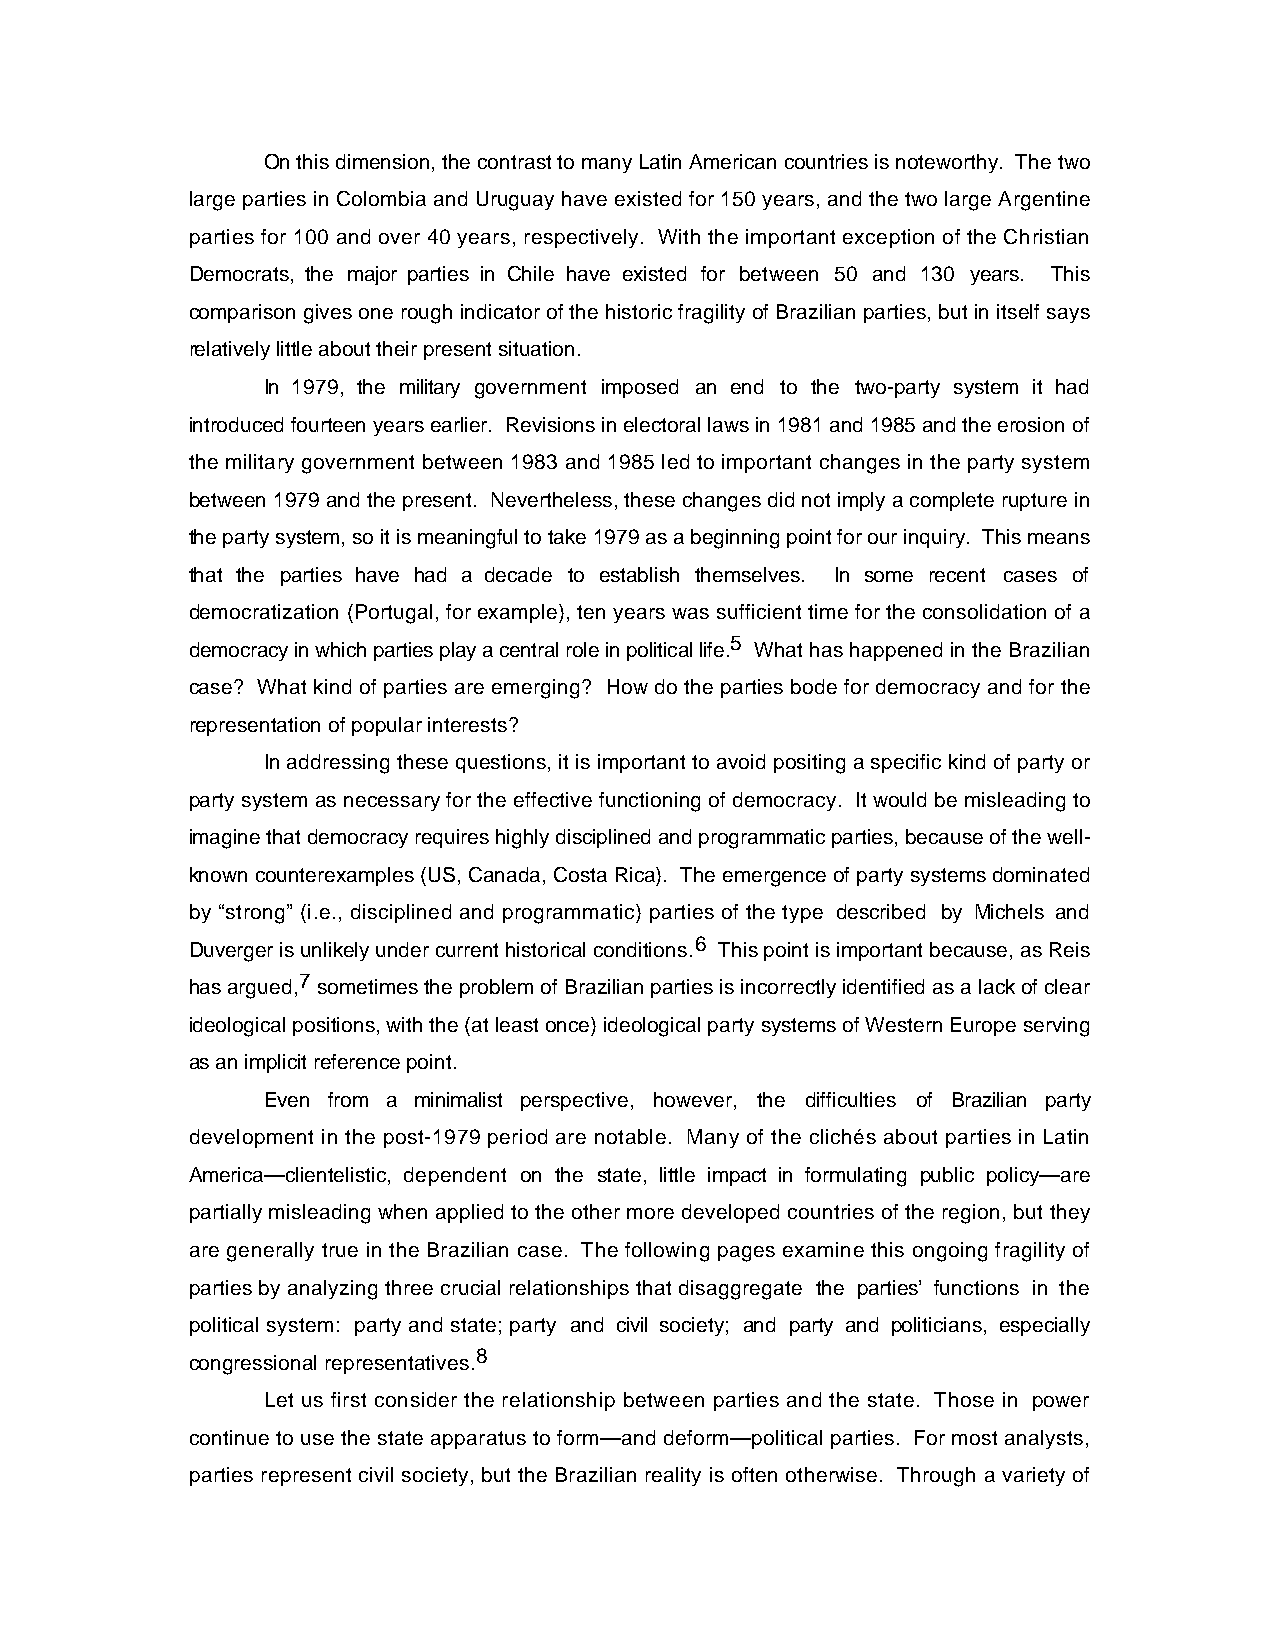
On this dimension, the contrast to many Latin American countries is noteworthy. The two
 large parties in Colombia and Uruguay have existed for 150 years, and the two large Argentine
 parties for 100 and over 40 years, respectively. With the important exception of the Christian
 Democrats, the major parties in Chile have existed for between 50 and 130 years. This
 comparison gives one rough indicator of the historic fragility of Brazilian parties, but in itself says
 relatively little about their present situation.
 In 1979, the military government imposed an end to the two-party system it had
 introduced fourteen years earlier. Revisions in electoral laws in 1981 and 1985 and the erosion of
 the military government between 1983 and 1985 led to important changes in the party system
 between 1979 and the present. Nevertheless, these changes did not imply a complete rupture in
 the party system, so it is meaningful to take 1979 as a beginning point for our inquiry. This means
 that the parties have had a decade to establish themselves. In some recent cases of
 democratization (Portugal, for example), ten years was sufficient time for the consolidation of a
 democracy in which parties play a central role in political life.5 What has happened in the Brazilian
 case? What kind of parties are emerging? How do the parties bode for democracy and for the
 representation of popular interests?
 In addressing these questions, it is important to avoid positing a specific kind of party or
 party system as necessary for the effective functioning of democracy. It would be misleading to
 imagine that democracy requires highly disciplined and programmatic parties, because of the well-
 known counterexamples (US, Canada, Costa Rica). The emergence of party systems dominated
 by “strong” (i.e., disciplined and programmatic) parties of the type described by Michels and
 Duverger is unlikely under current historical conditions.6 This point is important because, as Reis
 has argued,7 sometimes the problem of Brazilian parties is incorrectly identified as a lack of clear
 ideological positions, with the (at least once) ideological party systems of Western Europe serving
 as an implicit reference point.
 Even from a minimalist perspective, however, the difficulties of Brazilian party
 development in the post-1979 period are notable. Many of the clichés about parties in Latin
 America—clientelistic, dependent on the state, little impact in formulating public policy—are
 partially misleading when applied to the other more developed countries of the region, but they
 are generally true in the Brazilian case. The following pages examine this ongoing fragility of
 parties by analyzing three crucial relationships that disaggregate the parties’ functions in the
 political system: party and state; party and civil society; and party and politicians, especially
 congressional representatives.8
 Let us first consider the relationship between parties and the state. Those in power
 continue to use the state apparatus to form—and deform—political parties. For most analysts,
 parties represent civil society, but the Brazilian reality is often otherwise. Through a variety of